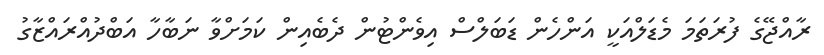
ރާއްޖޭގެ ފުރަތަމަ މެޑަލްއަކީ އަންހެން ޑަބަލްސް އިވެންޓުން ދެބެއިން ކަމަށްވާ ނަބާހާ އަބްދުއްރައްޒާގު